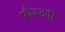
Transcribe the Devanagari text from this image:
फौजदारि